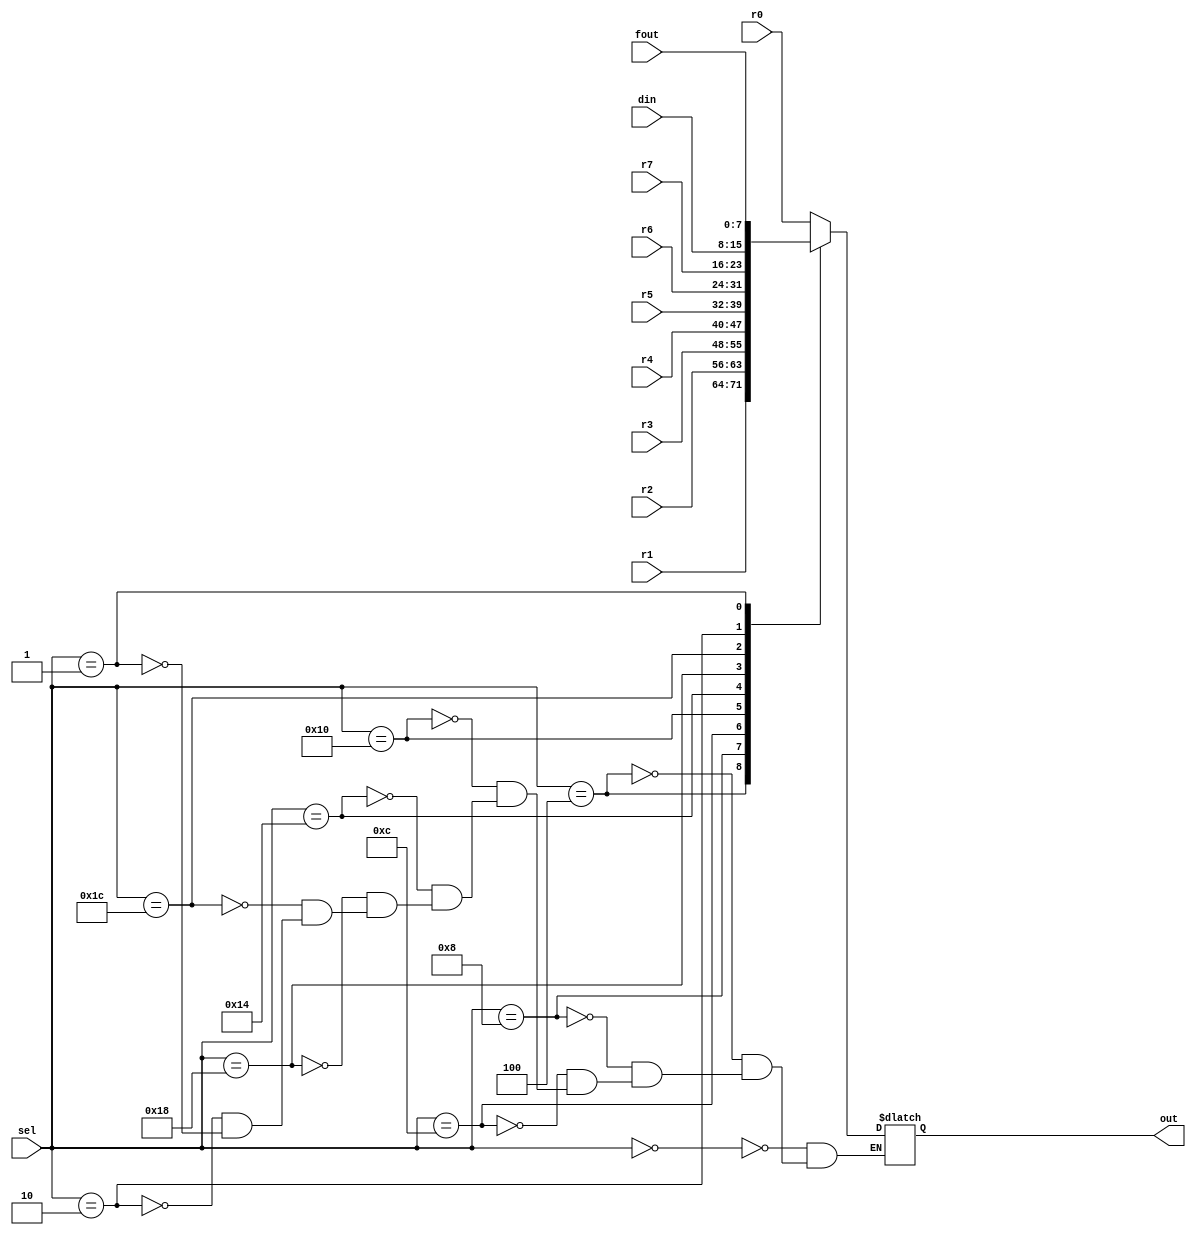
`timescale 1ns / 1ps
//////////////////////////////////////////////////////////////////////////////////
// Company: 
// Engineer: 
// 
// Design Name: 
// Module Name:    mux 
// Project Name: 
// Target Devices: 
// Tool versions: 
// Description: 
//
// Dependencies: 
//
// Revision: 
// Revision 0.01 - File Created
// Additional Comments: 
//
//////////////////////////////////////////////////////////////////////////////////
module mux(
    input [7:0] din,
    input [7:0] r0,
    input [7:0] r1,
    input [7:0] r2,
    input [7:0] r3,
    input [7:0] r4,
    input [7:0] r5,
    input [7:0] r6,
    input [7:0] r7,
    input [7:0] fout,
    input [4:0] sel,
    output reg [7:0] out
    );

always@(sel or r0 or r1 or r2 or r3 or r4 or r5 or r6 or r7 or din or fout)
begin:MUX
case(sel)
	5'b00000: out<=r0;
	5'b00100: out<=r1;
	5'b01000: out<=r2;
	5'b01100: out<=r3;
	5'b10000: out<=r4;
	5'b10100: out<=r5;
	5'b11000: out<=r6;
	5'b11100: out<=r7;
	5'b00010: out<=din;
	5'b00001: out<=fout;
endcase 	
end
endmodule